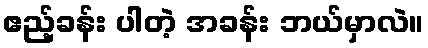
ဧည့်ခန်း ပါတဲ့ အခန်း ဘယ်မှာလဲ။